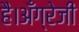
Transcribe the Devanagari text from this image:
है।अँग्रेजी